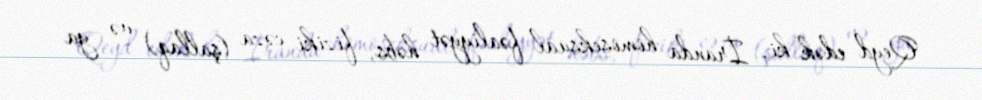
Qeyd edək ki, İranda homoseksual fəaliyyət həbs, fiziki cəza (şallaq) və ya